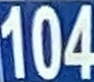
104